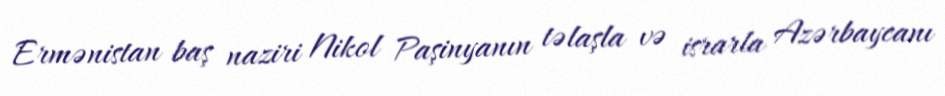
Ermənistan baş naziri Nikol Paşinyanın təlaşla və israrla Azərbaycanı